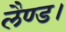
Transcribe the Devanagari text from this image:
लैण्ड।